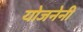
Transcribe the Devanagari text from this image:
योजनेनी